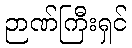
ဉာဏ်ကြီးရှင်